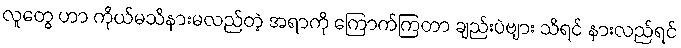
လူတွေ ဟာ ကိုယ်မသိနားမလည်တဲ့ အရာကို ကြောက်ကြတာ ချည်းပဲဗျား သိရင် နားလည်ရင်